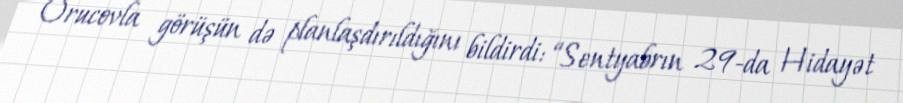
Orucovla görüşün də planlaşdırıldığını bildirdi: “Sentyabrın 29-da Hidayət